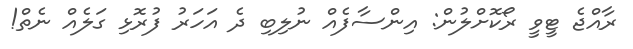
ރާއްޖެ ޓީވީ ރޯކޮށްލުން: އިންސާފެއް ނުލިބި ދެ އަހަރު ފުރޮޅި ގަލެއް ނެތް!